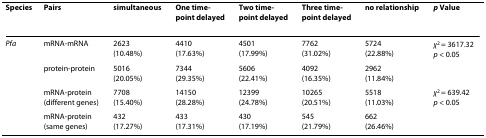
<table><thead><tr><td><b>Species</b></td><td><b>Pairs</b></td><td><b>simultaneous</b></td><td><b>One time-point delayed</b></td><td><b>Two time-point delayed</b></td><td><b>Three time-point delayed</b></td><td><b>no relationship</b></td><td><b><i>p </i>Value</b></td></tr></thead><tbody><tr><td><i>Pfa</i></td><td>mRNA-mRNA</td><td>2623(10.48%)</td><td>4410(17.63%)</td><td>4501(17.99%)</td><td>7762(31.02%)</td><td>5724(22.88%)</td><td><i>χ</i><sup>2 </sup>= 3617.32<i>p </i>&lt; 0.05</td></tr><tr><td></td><td>protein-protein</td><td>5016(20.05%)</td><td>7344(29.35%)</td><td>5606(22.41%)</td><td>4092(16.35%)</td><td>2962(11.84%)</td><td></td></tr><tr><td></td><td>mRNA-protein(different genes)</td><td>7708(15.40%)</td><td>14150(28.28%)</td><td>12399(24.78%)</td><td>10265(20.51%)</td><td>5518(11.03%)</td><td><i>χ</i><sup>2 </sup>= 639.42<i>p </i>&lt; 0.05</td></tr><tr><td></td><td>mRNA-protein(same genes)</td><td>432(17.27%)</td><td>433(17.31%)</td><td>430(17.19%)</td><td>545(21.79%)</td><td>662(26.46%)</td><td></td></tr></tbody></table>